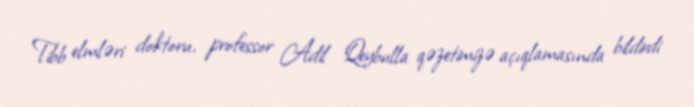
Tibb elmləri doktoru, professor Adil Qeybulla qəzetimizə açıqlamasında bildirdi